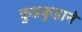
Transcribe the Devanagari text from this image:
कुड़कुड़ाने